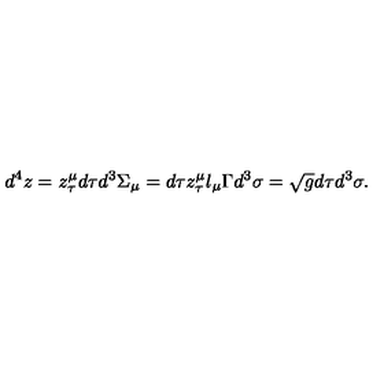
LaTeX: d ^ { 4 } z = z _ { \tau } ^ { \mu } d \tau d ^ { 3 } \Sigma _ { \mu } = d \tau z _ { \tau } ^ { \mu } l _ { \mu } \Gamma d ^ { 3 } \sigma = \sqrt { g } d \tau d ^ { 3 } \sigma .